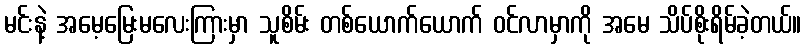
မင်းနဲ့ အမေ့မြေးမလေးကြားမှာ သူစိမ်း တစ်ယောက်ယောက် ဝင်လာမှာကို အမေ သိပ်စိုးရိမ်ခဲ့တယ်။